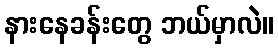
နားနေခန်းတွေ ဘယ်မှာလဲ။